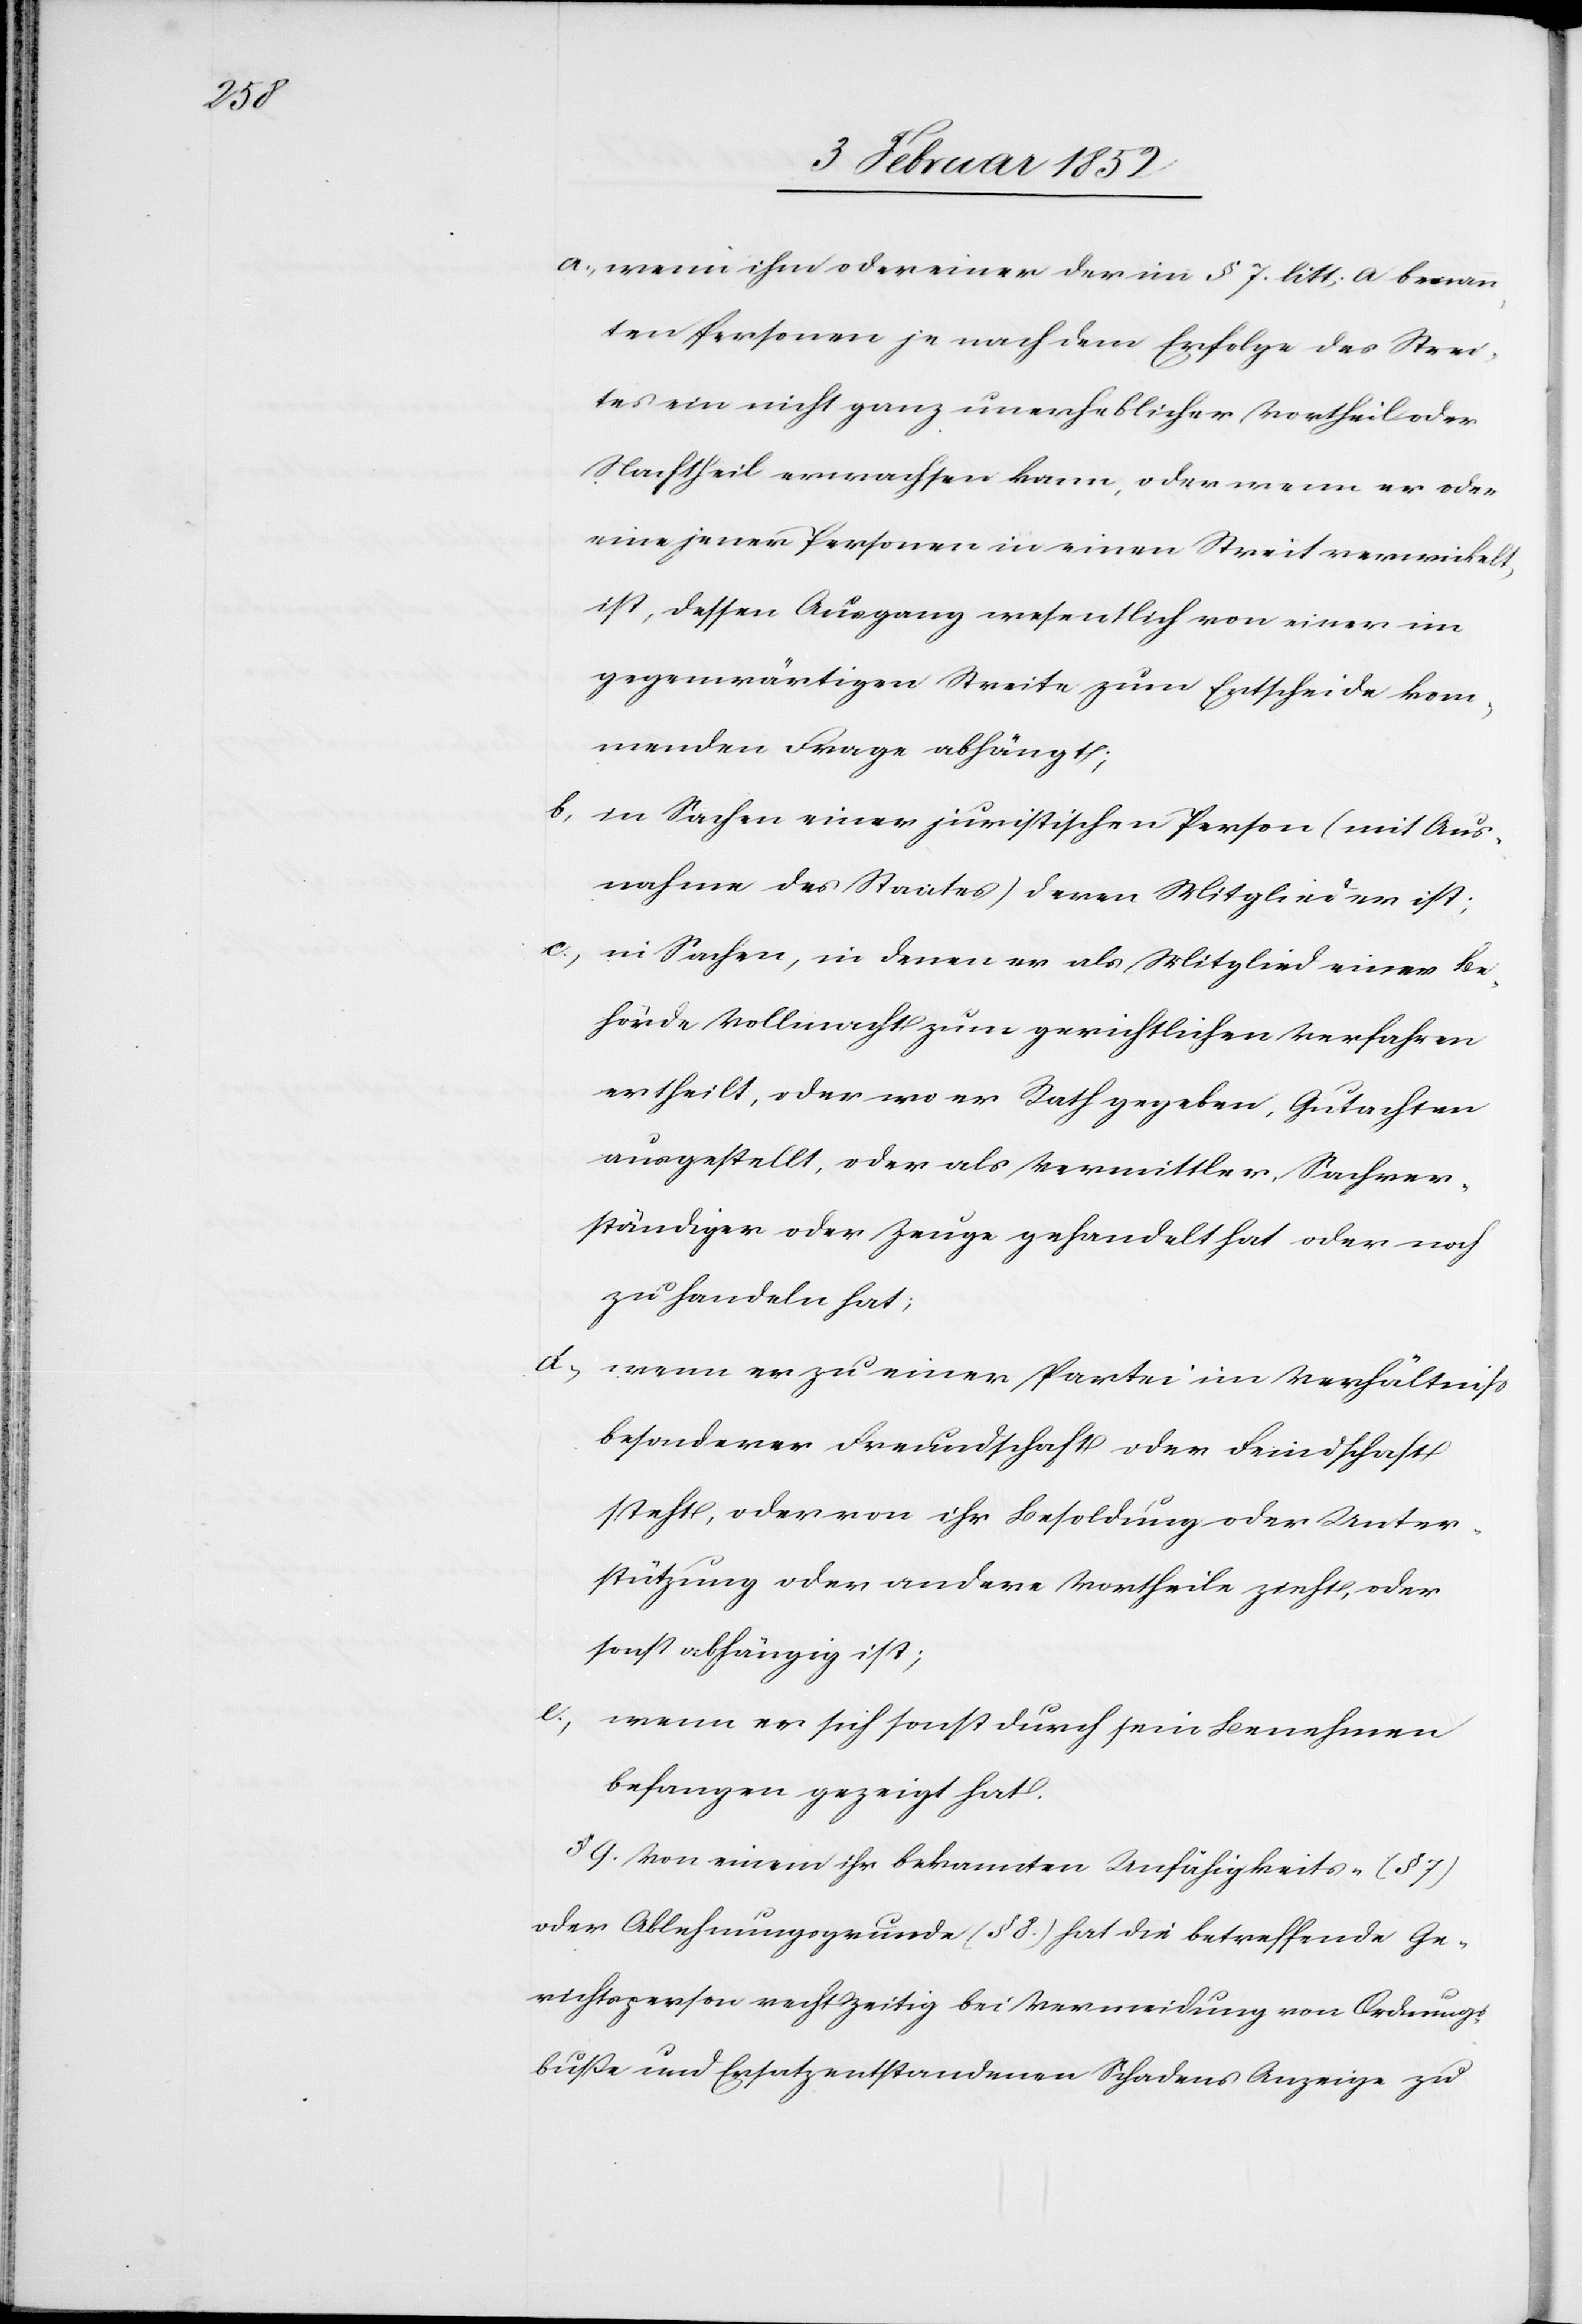
a.) wenn ihm oder einem der in § 7. litt. a benann¬
ten Personen je nach dem Erfolge des Strei¬
tes ein nicht ganz unerheblicher Vortheil oder
Nachtheil erwachsen kann, oder wenn er oder
eine jener Personen in einen Streit verwickelt
ist, dessen Ausgang wesentlich von einer im
gegenwärtigen Streite zum Entscheide kom¬
menden Frage abhängt;
b) in Sachen einer juristischen Person (mit Aus¬
nahme des Staates) deren Mitglied er ist;
c.) in Sachen, in denen er als Mitglied einer Be¬
hörde Vollmacht zum gerichtlichen Verfahren
ertheilt, oder wo er Rath gegeben, Gutachten
ausgestellt, oder als Vermittler, Sachver¬
ständiger oder Zeuge gehandelt hat oder noch
zu handeln hat;
d.) wenn er zu einer Partei im Verhältniß
besonderer Freundschaft oder Feindschaft
steht, oder von ihr Besoldung oder Unter¬
stützung oder andere Vortheile zieht, oder
sonst abhängig ist;
e.) wenn er sich sonst durch sein Benehmen
befangen gezeigt hat.
§ 9. Von einem ihr bekannten Unfähigkeits- (§ 7)
oder Ablehnungsgrunde (§ 8.) hat die betreffende Ge¬
richtsperson rechtzeitig bei Vermeidung von Ordnungs¬
buße und Ersatz entstandenen Schadens Anzeige zu